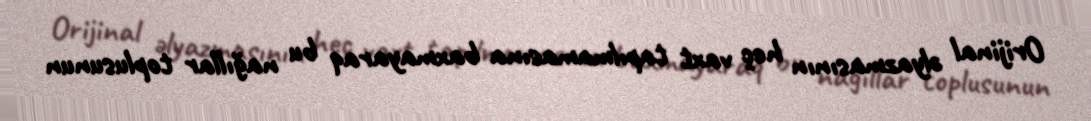
Orijinal əlyazmasının heç vaxt tapılmamasına baxmayaraq bu nağıllar toplusunun